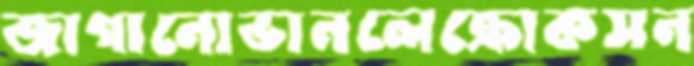
জাগানোভানলেক্রোকসন